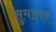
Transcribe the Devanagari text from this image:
सुमङ्गल